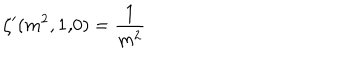
\zeta ^ { \prime } ( m ^ { 2 } , 1 { \bf , } 0 ) = \frac { 1 } { m ^ { 2 } }